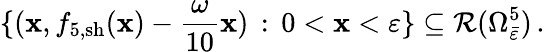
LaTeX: \{ (\mathbf{x},f_{5,\mathrm{{sh}}}(\mathbf{x})-\frac{{\omega}}{{10}}\mathbf{x})\, :\, 0<\mathbf{x}<\varepsilon\} \subseteq\mathcal{{R}}(\Omega_{\bar{{\varepsilon}}}^{5})\, .